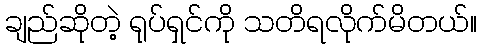
ချည်ဆိုတဲ့ ရုပ်ရှင်ကို သတိရလိုက်မိတယ်။